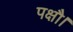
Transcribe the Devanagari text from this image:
पक्षौ।